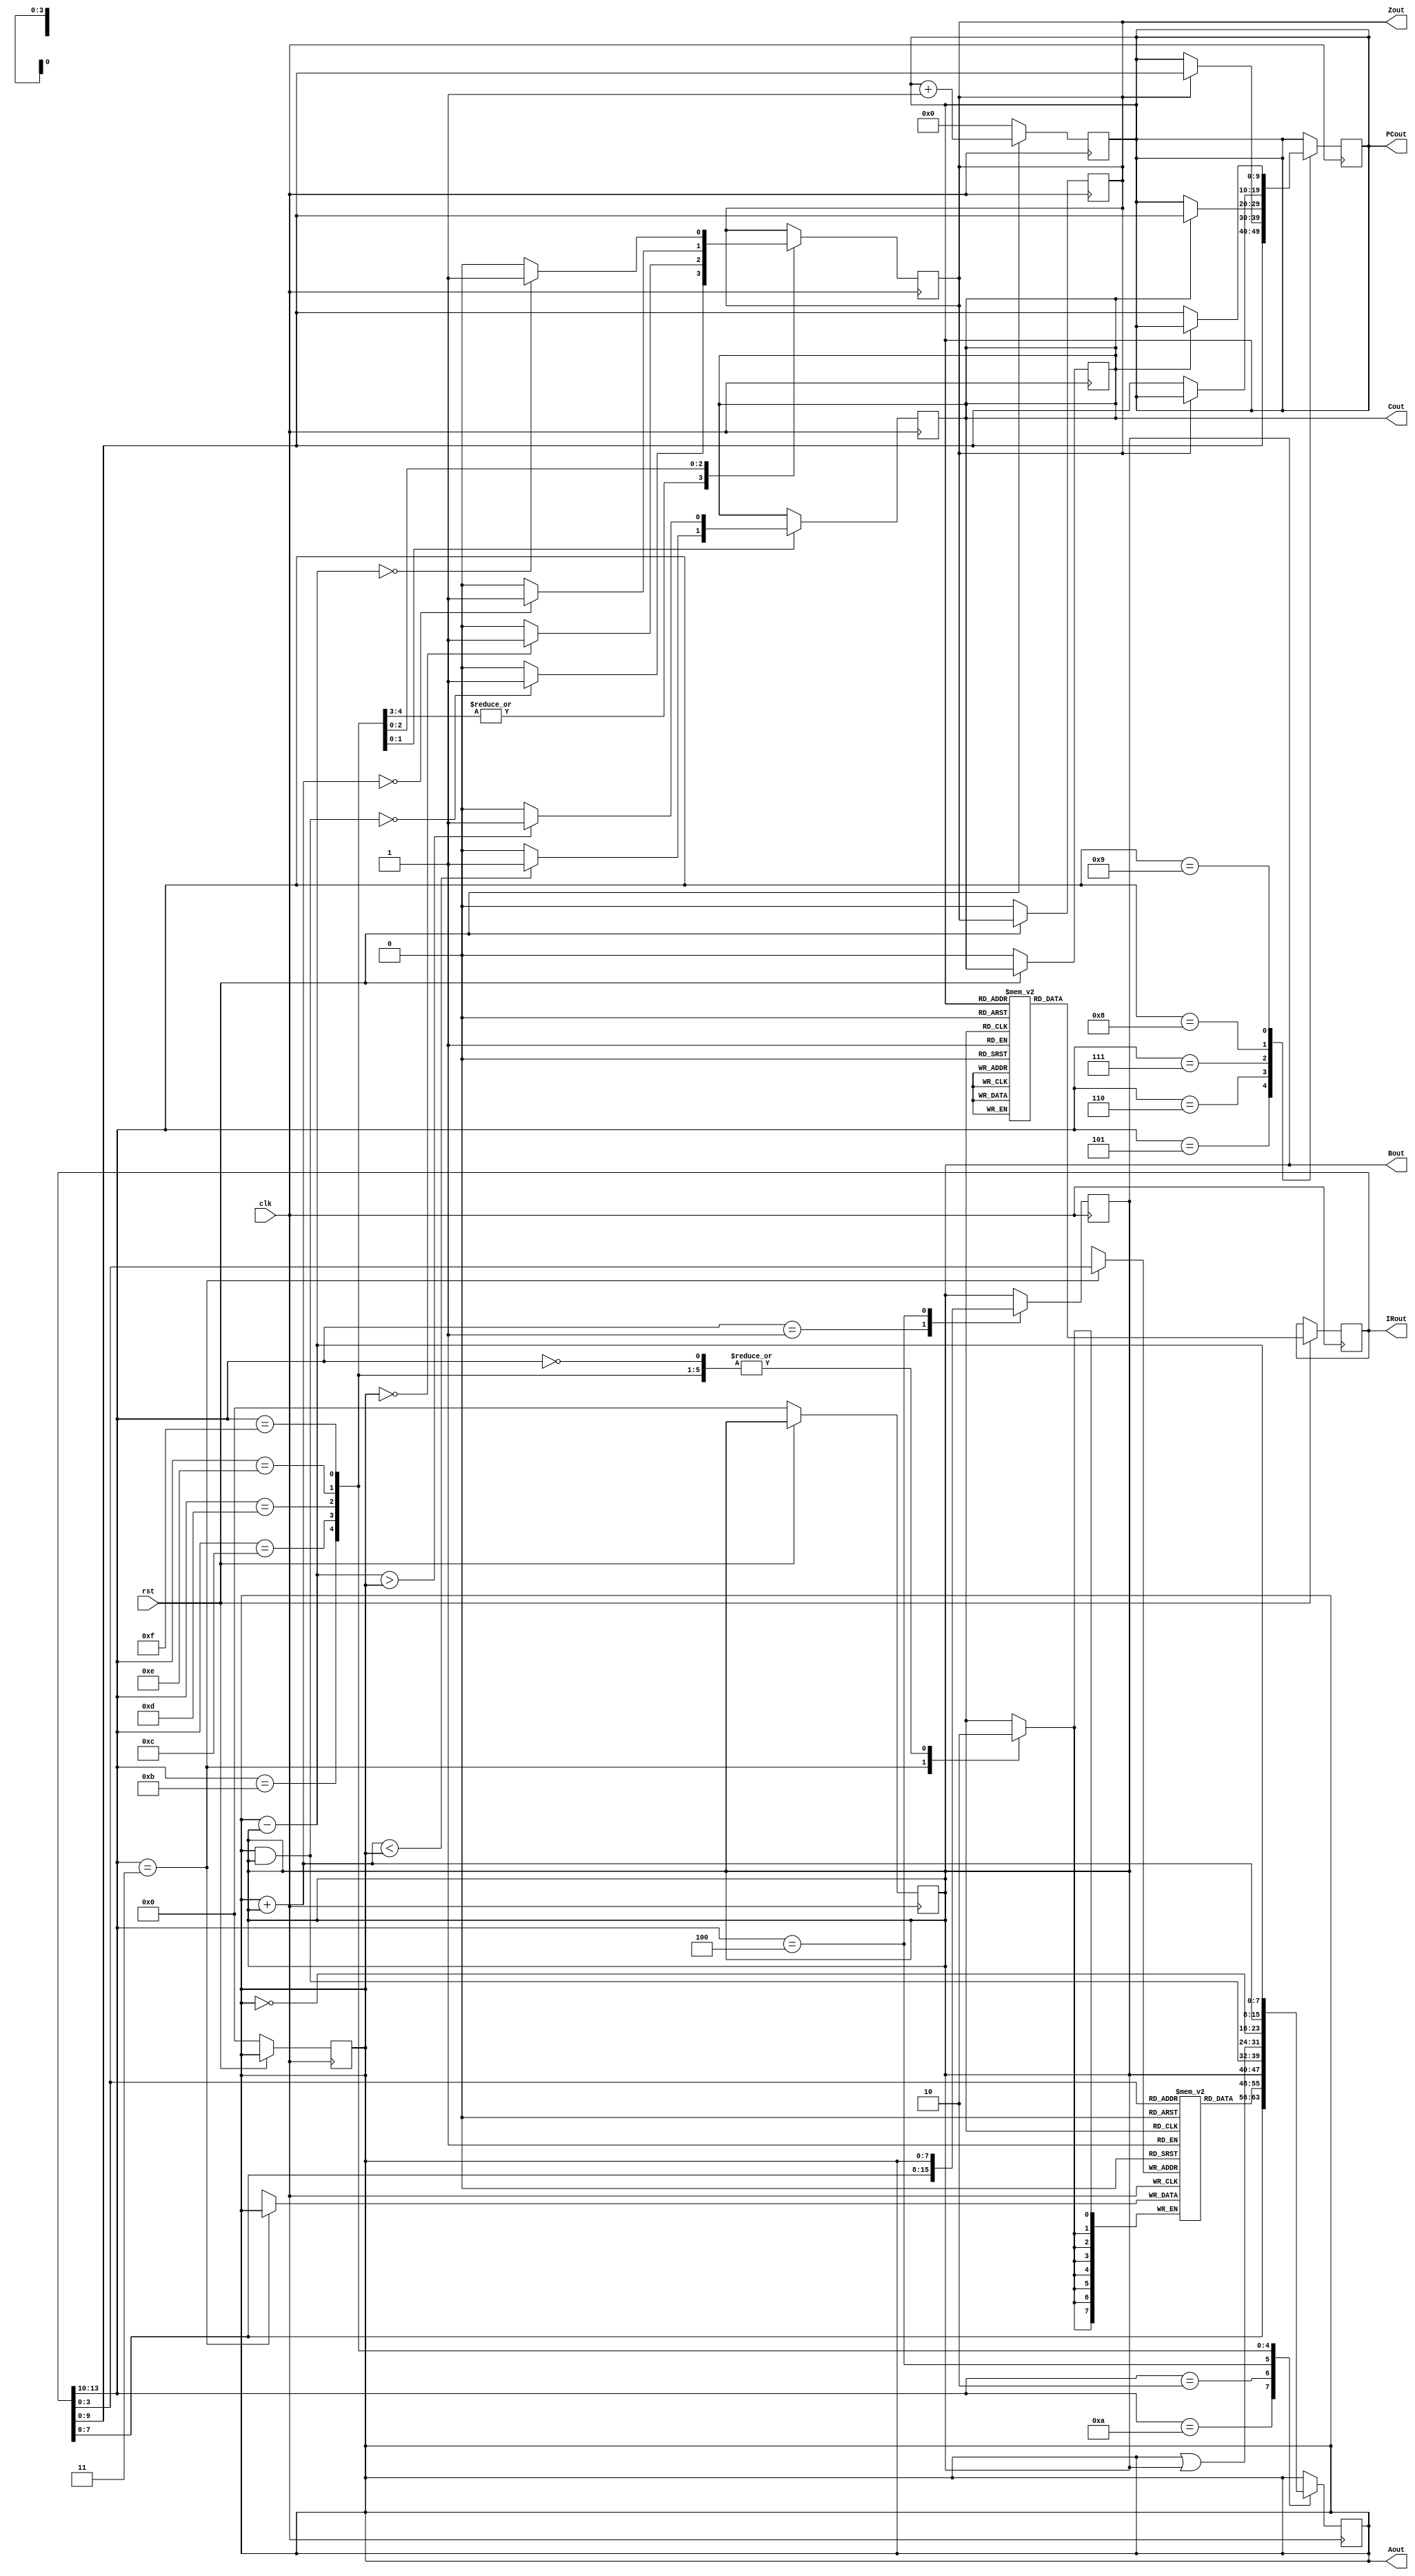
module cpu_v1(clk, rst, Aout, Bout, PCout, IRout, Zout, Cout);

input clk;
input rst;

output [7:0]	Aout;
output [7:0]	Bout;
output [9:0]	PCout;
output [13:0]	IRout;
output Zout;
output Cout;


reg [7:0]	A;
reg [7:0]	B;
reg [9:0]	PC;
reg [13:0]	IR;
reg Z;
reg C;

reg [7:0] RAM[0:15];
reg [13:0] ROM[0:1023];


wire [3:0] OPCODE=IR[13:10];
wire [9:0] ADDRESS=IR[9:0];
wire [7:0] OPERATOR=IR[7:0];

assign Aout=A;
assign Bout=B;
assign PCout=PC;
assign IRout=IR;
assign Zout=Z;
assign Cout=C;



initial
begin

ROM[0] = 14'b1010_00_00000101; //mva 5
ROM[1] = 14'b0000_0000000000; //nop
ROM[2] = 14'b0000_0000000000; //nop
ROM[3] = 14'b0000_0000000000; //nop
ROM[4] = 14'b0001_00_00000100; //mvb 4
ROM[5] = 14'b0000_0000000000; //nop
ROM[6] = 14'b0000_0000000000; //nop
ROM[7] = 14'b1010_00_11111111; //mva 255
ROM[8] = 14'b0001_00_00000001; //mvb 1
ROM[9] = 14'b1111_0000000000; //sub
ROM[10] = 14'b0001_00_00000011; //mvb 3
ROM[11] = 14'b1110_0000000000; //add
ROM[12] = 14'b0000_0000000000; //nop



end

always @(posedge clk)
begin
	if (~rst)
		begin
			PC <= 0;
			A <= 0;
			B <= 0;
			Z <= 0;
			C <= 0;
		end
	else
		begin
			IR <= ROM[PC];
			PC <= PC+1;
		end
end

always @(negedge clk)
begin
	case (OPCODE)
		4'b0000:		//nop
			A <= A;
			
		4'b1010:		//mva arg
			A <= OPERATOR;
			
		4'b0001:				//mvb arg
			B <= OPERATOR;
			
		4'b0010:				//load addr
			A <= RAM[ADDRESS];
		
		4'b0011:				//store addr
			RAM[ADDRESS] <= A;
		
		4'b0100:				//xchg
			begin
				A <= B;
				B <= A;
			end
			
		4'b0101:				//jmp addr
			PC <= ADDRESS;
		
		4'b0110:				//jz addr
			if (Z == 1'b1)
				PC <= ADDRESS;
			
		4'b0111:				//jc addr
			if (C == 1'b1)
				PC <= ADDRESS;
			
		4'b1000:		//jnz addr
			if (Z == 1'b0)
				PC <= ADDRESS;
				
			
		4'b1001:				//jnc addr
			if (C == 1'b0)
				PC <= ADDRESS;
		
		4'b1011:				//and
		begin
			A <= A&B;
			if ((A&B) == 8'b0)
				Z <= 1;
			else
				Z <= 0;
		end
			
		4'b1100:				//or
		begin
			A <= A|B;
			
			if ((A&B) == 8'b0)
				Z <= 1;
			else
				Z <= 0;
		end
		
		4'b1101:			//not
		begin
			A <= ~A;
			
			if ((A) == 8'b0)
				Z <= 1;
			else
				Z <= 0;
		end
		
		4'b1110:				//add
		begin
			A <= A + B;
			
			if ((A+B) < A)
				C <= 1;
			else
				C <= 0;
			
			if ((A+B) == 8'b0)
				Z <= 1;
			else
				Z <= 0;
		end
		
		4'b1111:				//sub
		begin
			A <= A - B;
			
			if ((A-B) > A)
				C <= 1;
			else
				C <= 0;
				
			if ((A - B) == 8'b0)
				Z <= 1;
			else
				Z <= 0;
		end
			

	endcase
	
end


endmodule